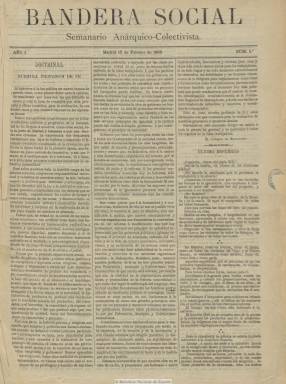
Título: Bandera social
Colección: Anarquismo || Periódicos
Ámbito geográfico: Madrid
Lugar de publicación: Madrid
Fechas: 15/02/1885-31/12/1886

Periódico que inicia su publicación el 15 de febrero de 1885, con el subtítulo “semanario anárquico-colectivista”, empezando a salir los domingos y, después, los viernes y, más tarde, los jueves”. Adscrito a la Federación Regional de Trabajadores, en su artículo de presentación, bajo el epígrafe “Nuestra profesión de fe”, muestra su objeto de defensa de la libertad y el bienestar del que dice carecer la clase trabajadora, a la que pertenece, a la vez que se proclama revolucionario y contrario al principio de autoridad. Servirá para la propagación de los ideales del anarquismo, el colectivismo y el federalismo.

Publica artículos doctrinales y en su sección Miscelánea comenta las noticias de otras publicaciones del movimiento anarquista así como las que publica y considera prensa burguesa (de la que se declara enemigo irreconciliable). Cuenta también con las secciones Revista internacional, Movimiento obrero, Varia, Bibliografía, Efemérides, Científica y de Anuncios, así como la titulada Tribuna del trabajo. Además de los fondos ofrece información sobre el desarrollo de las actividades de la Federación española de trabajadores, de dirigentes obreros, etc. También ofrece discursos y estudios sociales pronunciados en el Círculo Obrero La Regeneración. Publica un nutrido número de cartas que le remitían de distintas poblaciones españolas.

Prácticamente sus textos carecen de firmas, pero el periódico indica que la correspondencia debía dirigirse a José Díaz, además de contar con una Comisión de Administración y un Consejo de Redacción, en el que podían tener voz y voto cuantos “compañeros” enviaran sus escritos. Probablemente entre sus colaboradores se encontraron Ernesto Álvarez, Enrique Borrell y Francisco Ruiz.

Por la información que ofrece en varios de sus números -20, 25 y 43-, en su primer año en publicación ya había sido denunciado por las autoridades gubernamentales en siete ocasiones, había sufrido seis secuestros y tres “compañeros” habían sido procesados, además de sufrir el “atropello de entrar en la casa-administración”. Tanto los miembros de su Consejo de Administración como el de Redacción serán relevados en noviembre de 1886. El seis de mayo de 1886 no se publica, quizá por problemas financieros, y el número 65, de diez de junio de 1886, aparece con ocho páginas (lo normal eran cuatro, compuestas a tres columnas). En esa misma fecha debió publicar un suplemento especial, de una página, con un “Manifiesto a todos los trabajadores de la Región Española”. Insertó  un grabado de Bakunin en el número de 22 de julio de 1886.

La colección de la Biblioteca Nacional de España termina en el número 93, correspondiente al 31 de diciembre de 1886, pero siguió publicándose, hasta que en su entrega número 96, correspondiente al 21 de enero de 1887, anuncia su despedida y su refundación con el periódico barcelonés El productor, aunque los motivos de su desaparición fueron debidos a su déficit económico. Este periódico ha sido estudiado por Francisca Bernalte Vega (1987).